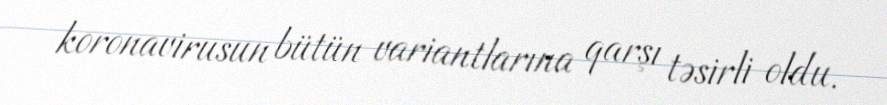
koronavirusun bütün variantlarına qarşı təsirli oldu.